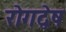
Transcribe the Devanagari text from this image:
रोगद्वेष